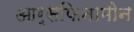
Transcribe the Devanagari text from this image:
आर्सफिनामीन